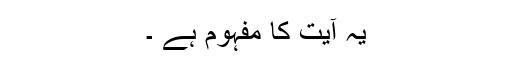
یہ آیت کا مفہوم ہے ۔